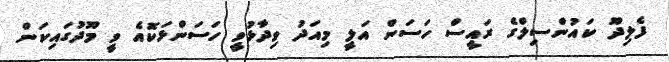
ފެލިދޫ ކައުންސިލްގެ ރައީސް ހަސަން އަލީ މިއަދު ވިދާޅުވީ ހަސަންޅަކޮއެ ވީ މޫދުގައިކަން